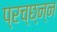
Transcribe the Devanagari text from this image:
प्रच्छ्न्न